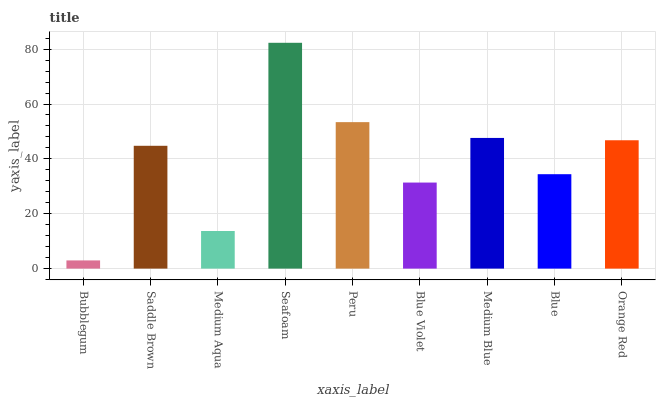
| xaxis_label | bars |
 | --- | --- |
 | Bubblegum | 2.99 |
 | Saddle Brown | 44.8 |
 | Medium Aqua | 13.7 |
 | Seafoam | 82.3 |
 | Peru | 53.4 |
 | Blue Violet | 31.4 |
 | Medium Blue | 47.6 |
 | Blue | 34.4 |
 | Orange Red | 46.8 |